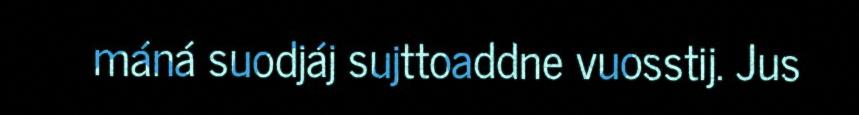
máná suodjáj sujttoaddne vuosstij. Jus